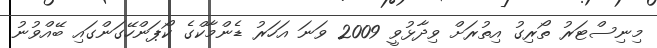
މިނިސްޓަރު ތޯރިގު އިތުރަށް ވިދާޅުވީ 2009 ވަނަ އަހަރު ޑެންމާކްގެ ކޯޕަންހޭގަންގައި ބޭއްވުނު